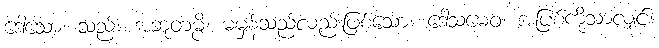
ဒေါသော၊ သည်။ အဘူတမ္ပိ၊ မမှန်သည်လည်းဖြစ်သော။ ဒေါသမေဝ၊ အပြစ်ကိုသာလျှင်။